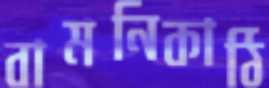
বামনিকাঠি